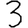
Digit: 3